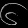
Digit: ၆